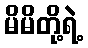
မိမိတို့ရဲ့